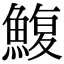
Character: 鰒